Civil Veterinary Department Bihar & Orissa reports 1922-29 - 1922-1929
Year: 1922
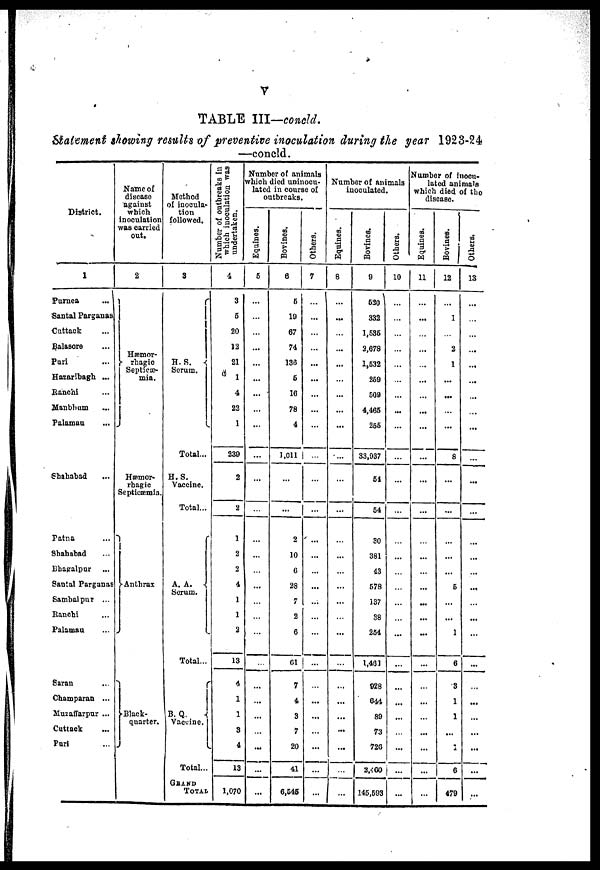
V
TABLE III—concld.
Satement showing results of preventive inoculation during the year 1923-24
—concld.
District.
1
Purnea
...
Santal Parganas
Cuttack
Balasore
Pari
Hazaribagh. ...
Ranchi
Manbhum
Palamau
Shahabad
Patna
Shahabad
Bhagalpur
Santal Parganas
Sambalpur ...
Ranchi
Palamau
Saran
Champaran ...
Muzaffarpur ...
Cuttack
Purl
Name of
disease
against
which
inoculation
was carried
out.
2
Hæmor-
-rhagic
Septic--
mia.
Hæmor-
rhagic
Septicaemia.
Anthrax
Black-
quarter.
Method
of inocula-
tion
followed.
3
H.S.
Serum.
.
Total...
H.S.
Vaccine.
Total...
A. A.
Serum.
Total...
B. Q.
Vaccine.
Total...
Grand
Total
Number of outbreaks in
which inoculation was
undertaken.
4
3
5
20
12
21
1
4
22
1
230
2
2
1
2
2
4
1
1
2
13
4
1
1
3
4
13
1,070
Number of animals
which died uninocu-
lated in course of
outbreaks.
Equines.
6
...
...
...
...
Bovines.
6
5
10
67
74
136
5
16
78
4
Others.
7
...
...
...
1.011 | ...
...
2
10
6
28
7
2
6
61
7
4
3
7
20
41
6,545
...
...
...
...
...
...
...
...
Number of animals
inoculated.
Equines.
8
...
...
...
...
...
...
...
...
...
...
Bovines.
0
620
332
1,536
2,678
1,532
269
509
4,465
255
33,937
61
54
30
381
43
578
137
38
254
1,461
928
644
89
73
726
Others.
10
...
...
...
...
...
...
2,460 ...
145,593 ...
Number of inocu-
lated animals
which died of the
disease.
Equines.
11
...
...
...
...
...
...
...
...
...
...
Bovines.
12
1
2
1
...
...
8
6
1
6
3
1
1
±
6
479
Others.
13
...
...
...
...
...
...
...
...
...
...
...
...